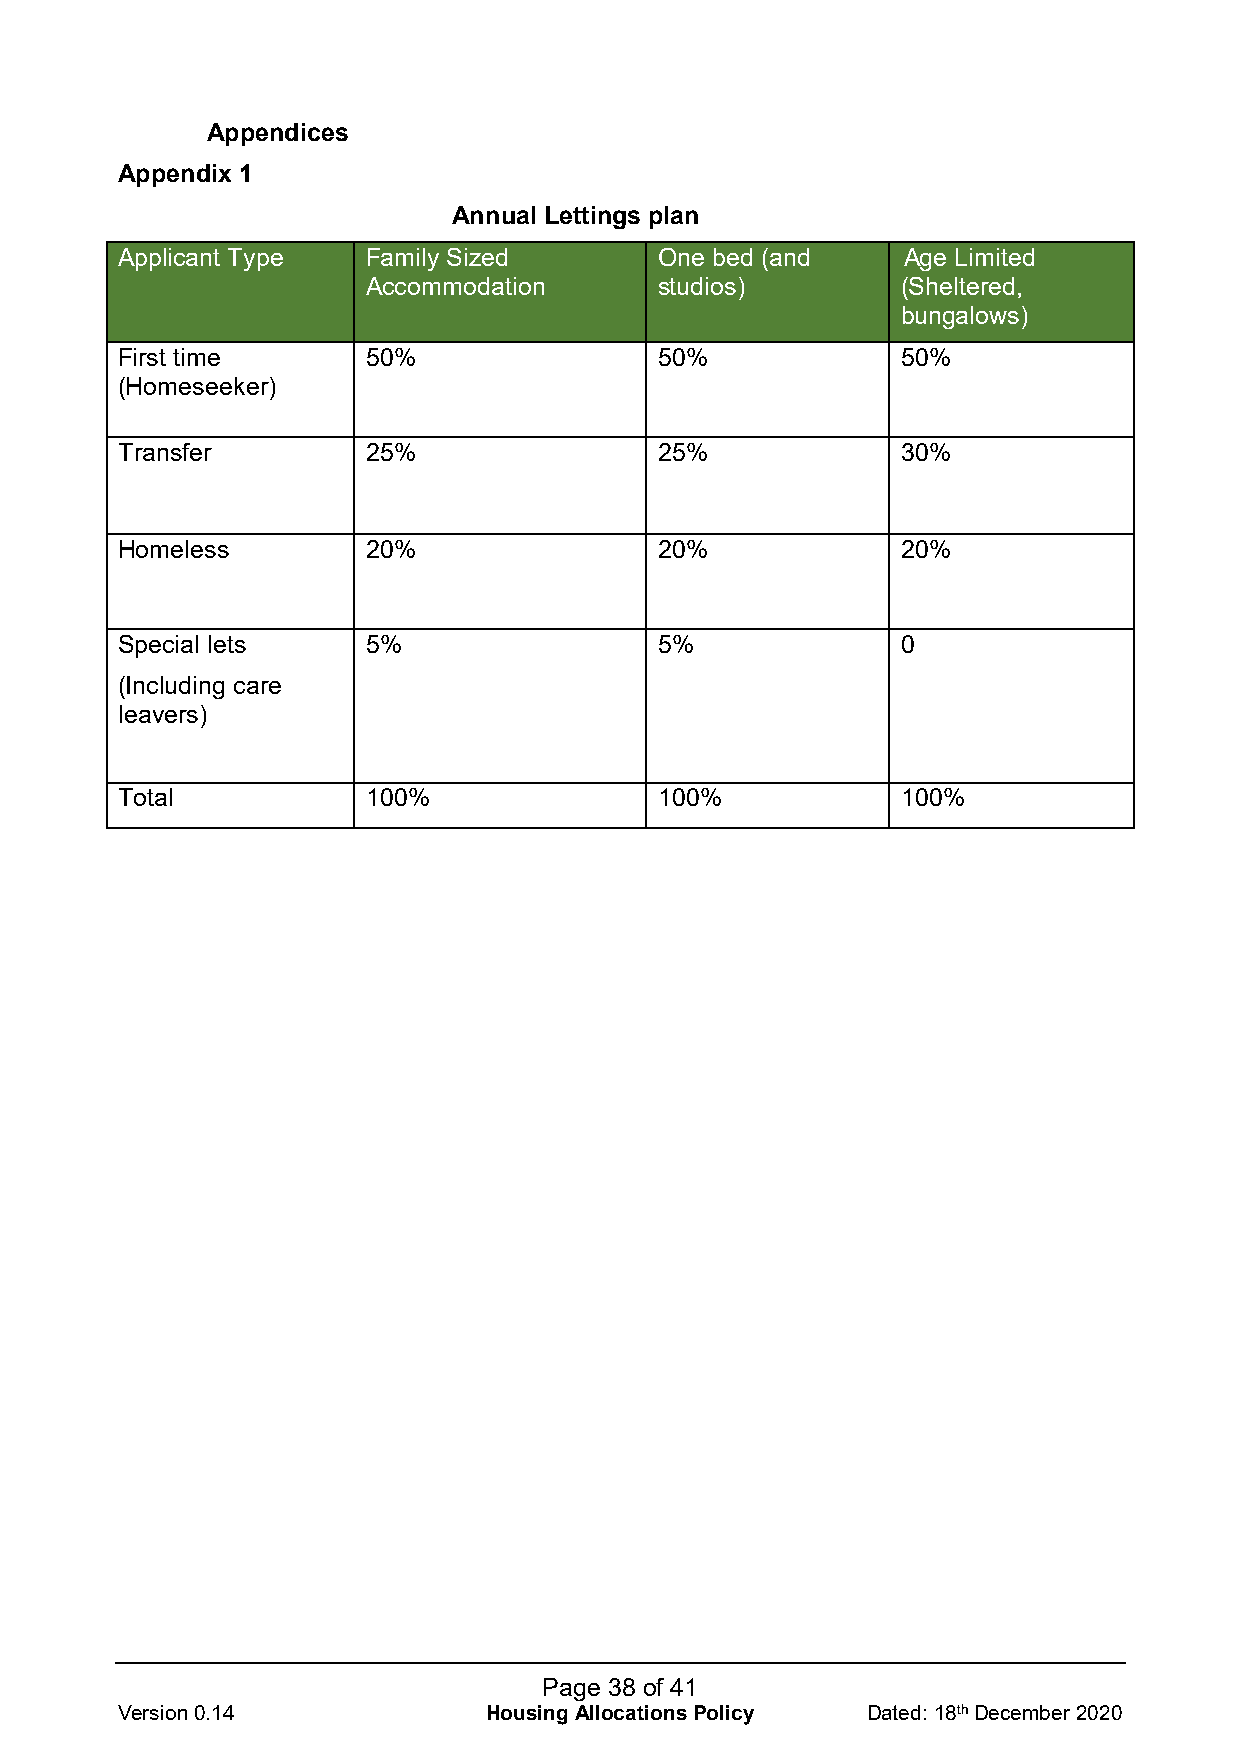
Appendices
 Appendix 1
 Annual Lettings plan
 Applicant Type  Family Sized        One bed (and    Age Limited
 Accommodation       studios)        (Sheltered,
 bungalows)
 First time      50%                 50%             50%
 (Homeseeker)
 Transfer        25%                 25%             30%
 Homeless        20%                 20%             20%
 Special lets    5%                  5%              0
 (Including care
 leavers)
 Total           100%                100%            100%
 Page 38 of 41
 Version 0.14            Housing Allocations Policy Dated: 18th December 2020